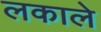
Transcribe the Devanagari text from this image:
लकाले